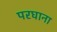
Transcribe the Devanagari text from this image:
परघाना